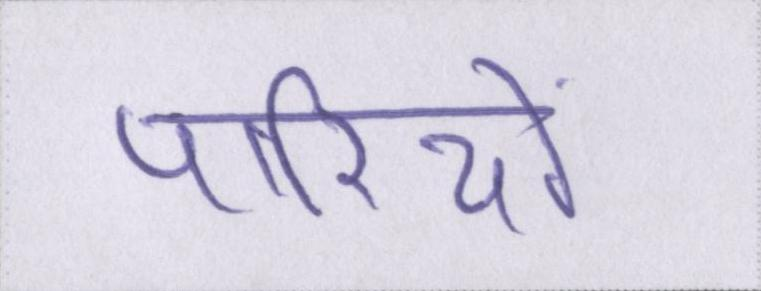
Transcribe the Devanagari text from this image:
पारियों